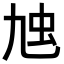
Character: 𧈤